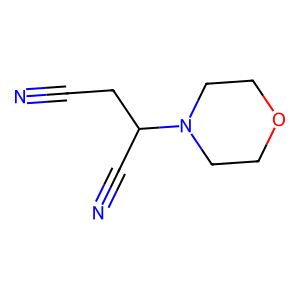
SMILES: N#CCC(C#N)N1CCOCC1
Inhibits HIV replication: No